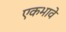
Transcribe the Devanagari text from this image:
एकभावे